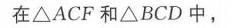
在\(\triangle ACF\)和\(\triangle BCD\)中，